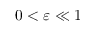
0 < \varepsilon \ll 1